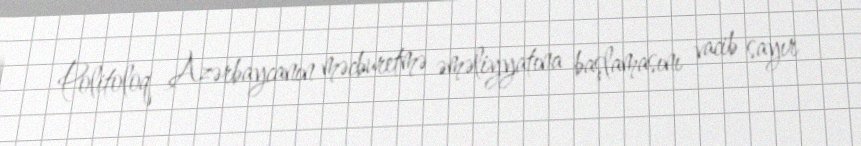
Politoloq Azərbaycanın məcburetmə əməliyyatına başlamasını vacib sayır